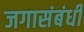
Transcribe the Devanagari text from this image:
जगासंबंधी